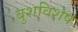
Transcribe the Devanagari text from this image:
बुशविशेष